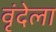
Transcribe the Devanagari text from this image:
वृंदेला